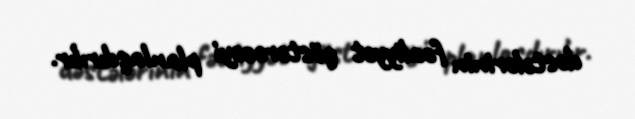
dəstələrinin fəaliyyət göstərəcəyi planlaşdırılır.